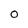
Character: O